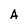
Character: A